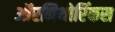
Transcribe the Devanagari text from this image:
ऑरनिथोरिंकस